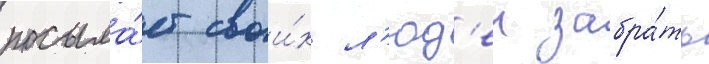
посыла́ет свои́х л'юд'еи забра́ть